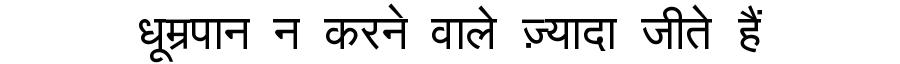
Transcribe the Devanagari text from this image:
धूम्रपान न करने वाले ज़्यादा जीते हैं